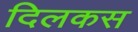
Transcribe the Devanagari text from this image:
दिलकस